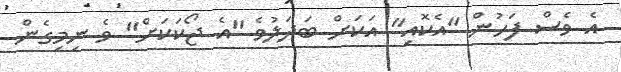
އެ ވެސް ފަހުން "އެކޮއި" އަކަށް ބަދަލުވެ "އެ ޖޯކަކަށް" ވެ ނިމިގެން